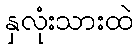
နှလုံးသားထဲ